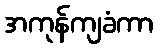
အကုန်ကျခံကာ